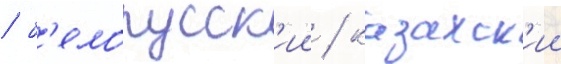
/ б'елорусск'ии / казахск'ии